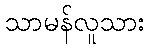
သာမန်လူသား